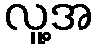
လူ့အ